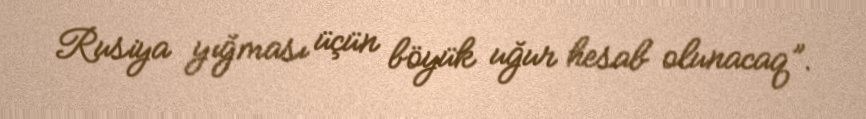
Rusiya yığması üçün böyük uğur hesab olunacaq”.